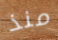
منذ